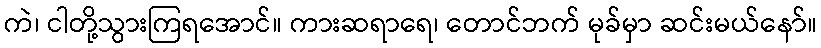
ကဲ၊ ငါတို့သွားကြရအောင်။ ကားဆရာရေ၊ တောင်ဘက် မုခ်မှာ ဆင်းမယ်နော်။